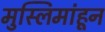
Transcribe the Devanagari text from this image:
मुस्लिमांहून